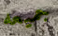
جميعه